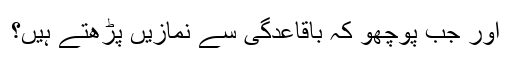
اور جب پوچھو کہ باقاعدگی سے نمازیں پڑھتے ہیں؟